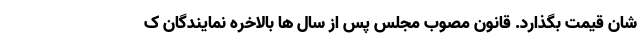
شان قیمت بگذارد. قانون مصوب مجلس پس از سال ها بالاخره نمایندگان ک